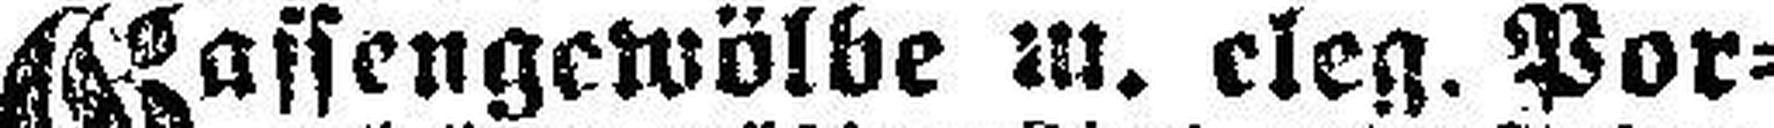
Gassengewölbe m. eleg. Por¬